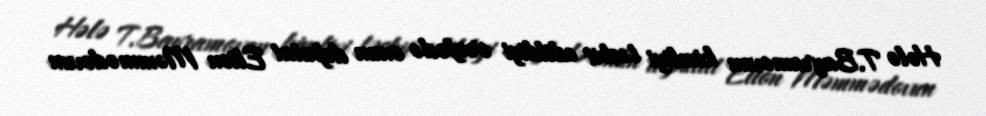
Hələ T.Bayramovun kimliyi təsbit edildiyi ərəfədə onun deputat Elton Məmmədovun